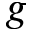
g